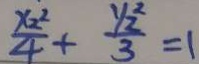
\frac { x _ { 2 } ^ { 2 } } { 4 } + \frac { y _ { 2 } ^ { 2 } } { 3 } = 1